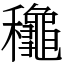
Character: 䆋